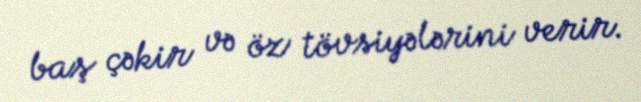
baş çəkir və öz tövsiyələrini verir.